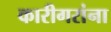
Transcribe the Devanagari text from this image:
कारीगरांना